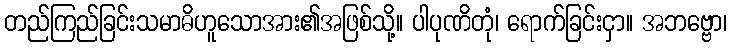
တည်ကြည်ခြင်းသမာဓိဟူသောအား၏အဖြစ်သို့။ ပါပုဏိတုံ၊ ရောက်ခြင်းငှာ။ အဘဗ္ဗော၊